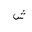
Letter: _shin